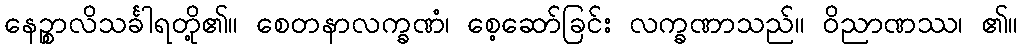
နေဉ္စာလိသင်္ခါရတို့၏။ စေတနာလက္ခဏံ၊ စေ့ဆော်ခြင်း လက္ခဏာသည်။ ဝိညာဏဿ၊ ၏။